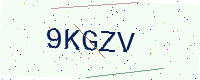
Text: 9KGZV